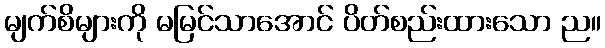
မျက်စိများကို မမြင်သာအောင် ပိတ်စည်းထားသော ည။